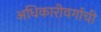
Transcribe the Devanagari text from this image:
अधिकारीवर्गाची